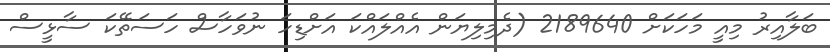
ބަލާއިރު މިއީ މަހަކަށް 2189640 (ދެމިލިޔަން އެއްލައްކަ އަށްޑިހަ ނުވަހާސް ހަސަތޭކަ ސާޅީސް